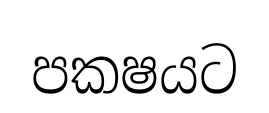
පකෂයට